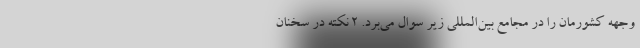
وجهه کشورمان را در مجامع بین‌المللی زیر سوال می‌برد. 2 نکته در سخنان